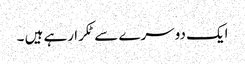
ایک دوسرے سے ٹکرا رہے ہیں ۔